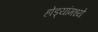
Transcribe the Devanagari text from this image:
होड्यांमध्ये